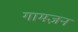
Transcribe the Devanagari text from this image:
गामज़न